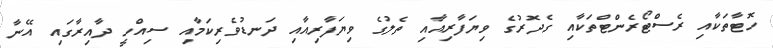
ހޮޓާތަކާއި ރެސްޓޯރެންޓްތަކާއި ގެދޮރުގެ ވިޔަފާރިއާއި ތެލުގެ ވިޔަފާރިއާއި ދަނޑުވެރިކަމާއި ސިއްހީ ދާއިރާގައި އޭނާ